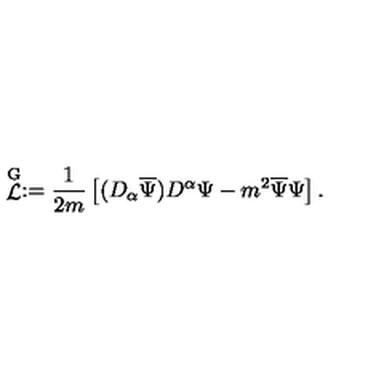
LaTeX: \stackrel { \mathrm { G } } { { \mathcal L } } : = \frac { 1 } { 2 m } \left[ ( D _ { \alpha } \overline { { \Psi } } ) D ^ { \alpha } \Psi - m ^ { 2 } \overline { { \Psi } } \Psi \right] .